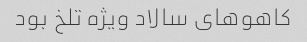
کاهو‌های سالاد ویژه تلخ بود